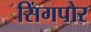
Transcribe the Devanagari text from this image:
सिंगपोर